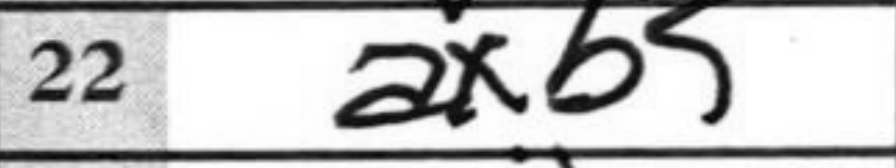
Transcription: axb5